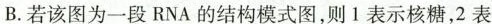
B.若该图为一段RNA的结构模式图，则1表示核糖，2表